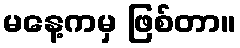
မနေ့ကမှ ဖြစ်တာ။